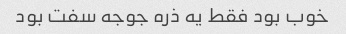
خوب بود فقط یه ذره جوجه سفت بود